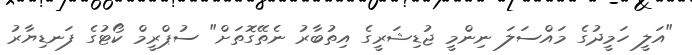
"އަލީ ހަމީދުގެ މައްސަލަ ނިންމީ ޖުޑިޝަރީގެ އިތުބާރު ނެތޭގޮތަށް" ސުޕްރީމް ކޯޓުގެ ފަނޑިޔާރު